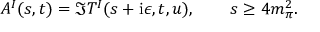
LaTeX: A ^ { I } ( s , t ) = \Im T ^ { I } ( s + \mathrm { i } \epsilon , t , u ) , \qquad s \geq 4 m _ { \pi } ^ { 2 } .